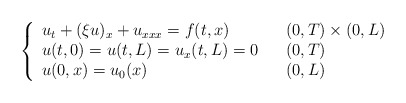
\begin{align*}\left\{\begin{array}[c]{lll}u_{t}+( \xi u) _{x}+u_{xxx}= f( t,x) & &( 0,T) \times( 0,L) \\u( t,0) =u( t,L) =u_{x}( t,L) =0 & &( 0,T) \\u( 0,x) =u_{0}( x) & & (0,L) \end{array}\right. \end{align*}